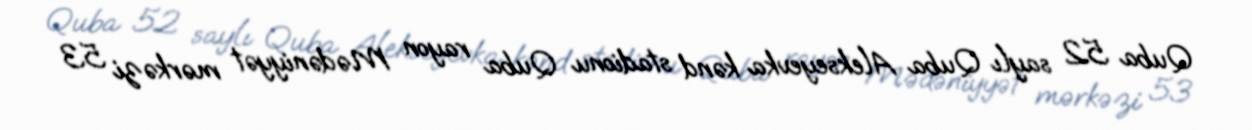
Quba 52 saylı Quba Alekseyevka kənd stadionu Quba rayon Mədəniyyət mərkəzi 53